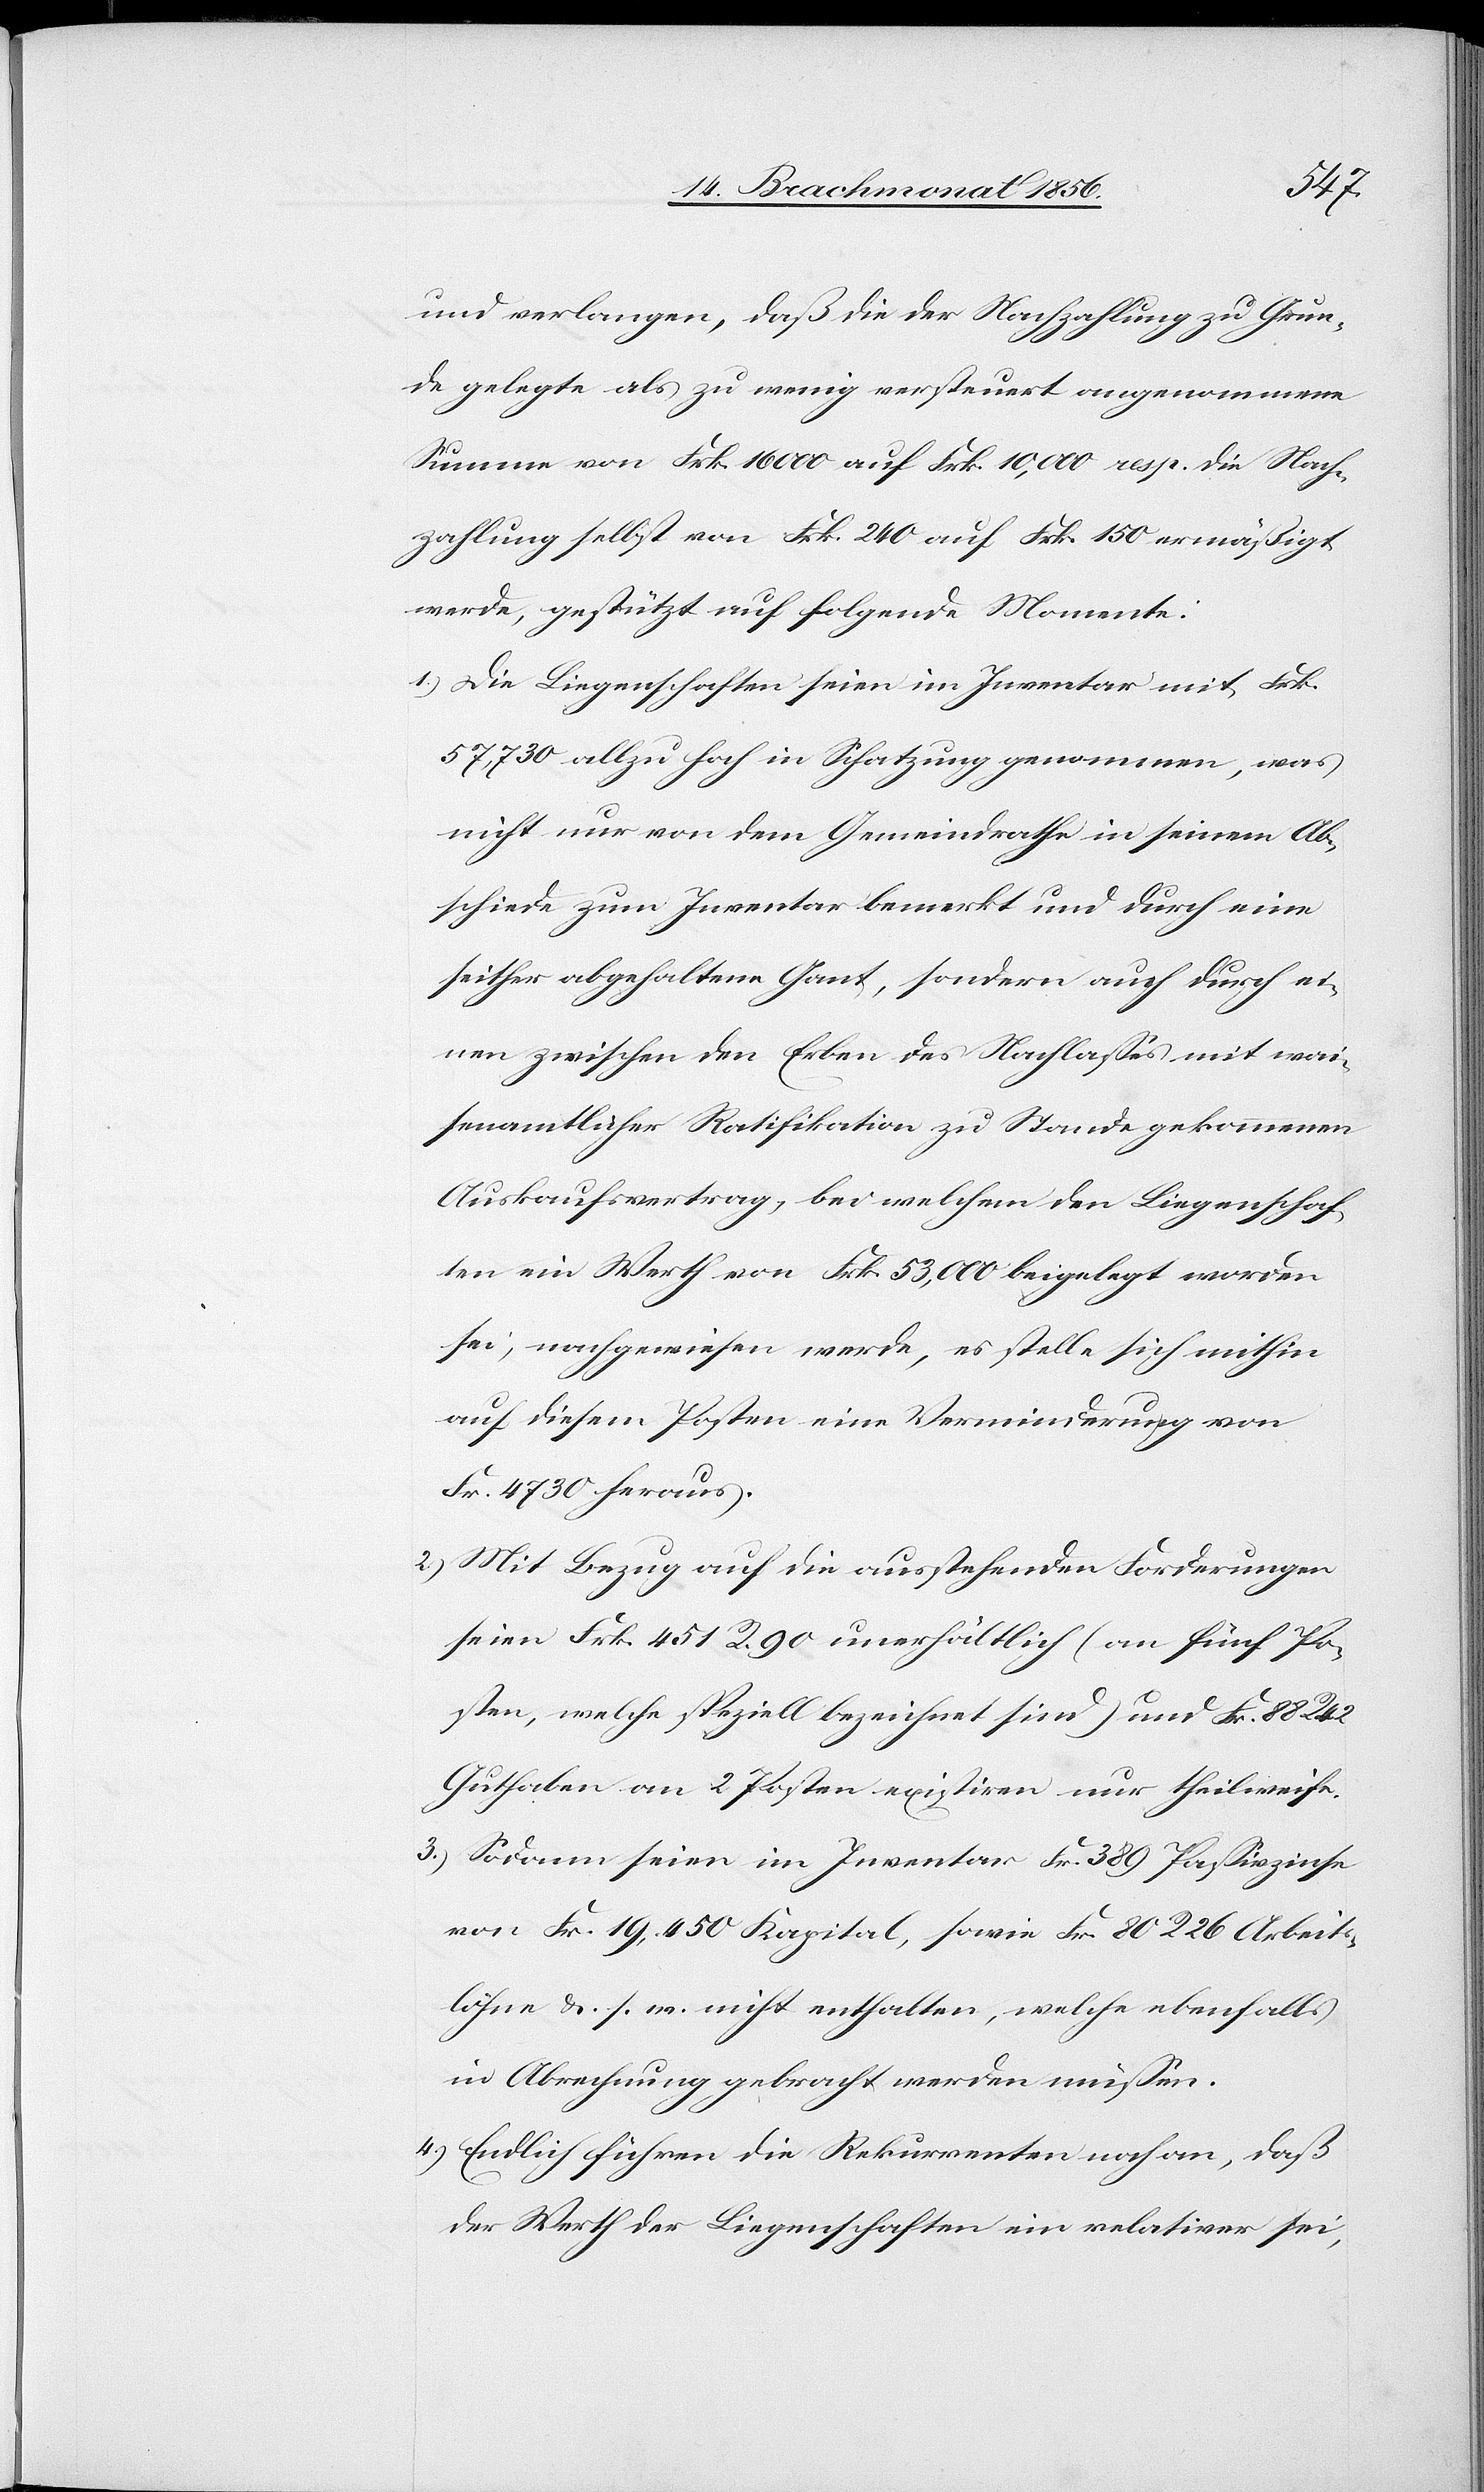
und verlangen, daß die der Nachzahlung zu Grun¬
de gelegte als zu wenig versteuert angenommene
Summe von Frk. 16000 auf Frk. 10,000 resp. die Nach¬
zahlung selbst von Frk. 240 auf Frk. 150 ermäßigt
werde, gestützt auf folgende Momente:
1.) Die Liegenschaften seien im Inventar mit Frk.
57,730 allzu hoch in Schatzung genommen, was
nicht nur von dem Gemeindrathe in seinem Ab¬
schiede zum Inventar bemerkt und durch eine
seither abgehaltene Gant, sondern auch durch ei¬
nen zwischen den Erben des Nachlasses mit wai¬
senamtlicher Ratifikation zu Stande gekommenen
Auskaufsvertrag, bei welchem den Liegenschaf¬
ten ein Werth von Frk. 53,000 beigelegt worden
sei, nachgewiesen werde, es stelle sich mithin
auf diesem Posten eine Verminderung von
Fr. 4730 heraus.
2.) Mit Bezug auf die ausstehenden Forderungen
seien Frk. 451 R. 90 unerhältlich (an fünf Po¬
sten, welche speziell bezeichnet sind) und Fr. 88 R.
Guthaben an 2 Posten existiren nur theilweise.
3.) Sodann seien im Inventar Fr. 389 Passivzinse
von Fr. 19,450 Kapital, sowie Fr. 80 R. 26 Arbeits¬
löhne &. s. w. nicht enthalten, welche ebenfalls
in Abrechnung gebracht werden müssen.
4.) Endlich führen die Rekurrenten noch an, daß
der Werth der Liegenschaften ein relativer sei,